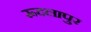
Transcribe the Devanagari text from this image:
रूदलापुर